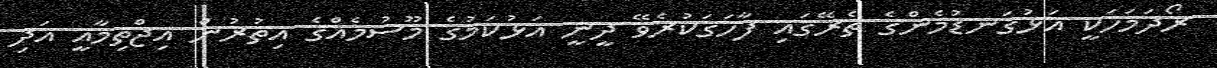
ރޯދަމަހަކީ އަޅުގަނޑުމެންގެ ތެރޭގައި ފާހަގަކުރެވޭ ދީނީ އަޅުކަމުގެ މޫސުމެއްގެ އިތުރުން އިޖްތިމާއީ އަދި